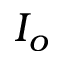
I _ { o }